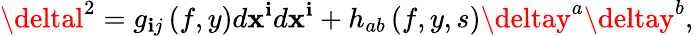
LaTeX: \deltal^{2}=g_{\mathbf{i}j}\left(f,y\right)d\mathbf{x}^{\mathbf{i}}d\mathbf{x}^{\mathbf{i}}+h_{ab}\left(f,y,s\right)\deltay^{a}\deltay^{b},